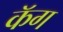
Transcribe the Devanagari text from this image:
कॅग